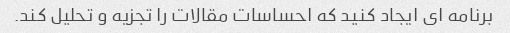
برنامه ای ایجاد کنید که احساسات مقالات را تجزیه و تحلیل کند.